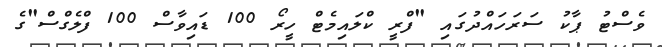
ވެސްޓު ޕާކު ސަރަހައްދުގައި "ފްރީ ކްލައިމެޓް ހީރޯ 100 ޑައިވާސް 100 ފްލެގްސް"ގެ